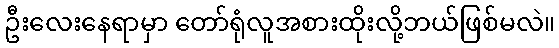
ဦးလေးနေရာမှာ တော်ရုံလူအစားထိုးလို့ဘယ်ဖြစ်မလဲ။